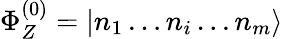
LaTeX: \Phi_{Z}^{(0)}=|n_{1}\dots n_{i}\dots n_{m}\rangle